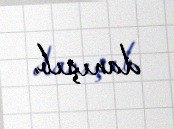
danışıb.